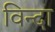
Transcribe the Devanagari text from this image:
विन्दा